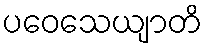
ပဝေသေယျာတိ